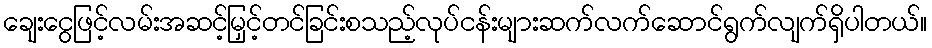
ချေးငွေဖြင့်လမ်းအဆင့်မြှင့်တင်ခြင်းစသည့်လုပ်ငန်းများဆက်လက်ဆောင်ရွက်လျက်ရှိပါတယ်။